Report on vaccination in Madras 1922-1929 - 1922-1929
Year: 1922
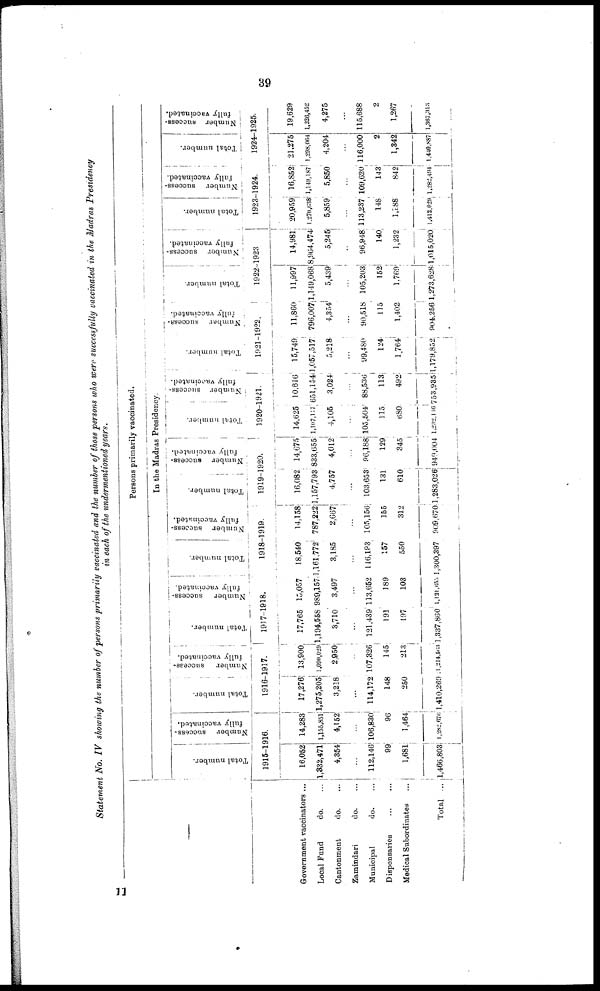
39
Statement No. IV showing the number of persons primarily vaccinated and the number of those persons who were successfully vaccinated in the Madras Presidency
in each of the undermentioned years.
Government vaccinators ...
Local Fund
do. ...
Cantonment
do. ...
Zamindari
do. ...
Municipal
do. ...
Dispensaries
...
...
Medical Subordinates
Total ...
Persons primarily vaccinated.
In the Madras Presidency.
Total number.
Number success-
fully vaccinated.
1915-1916.
16,052
1,332,471
4,354
...
112,146
99
1,681
1,466,803
14,283
1,155,851
4,152
...
106,830
96
1,464
1,282,676
Total number.
Number success-
fully vaccinated.
1916-1917.
17,276
1,275,205
3,218
...
114,172
148
250
1,410,269
13,900
1,090,029
2,950
...
107,326
145
213
1,214,563
Total number.
Number success-
fully vaccinated.
1917-1918.
17,765
1,194,558
3,710
...
121,439
191
197
1,337,860
15,057
989,157
3,497
...
113,652
189
103
1,121,655
Total number.
Number success-
fully vaccinated.
1918-1919.
18,540
1,161,772
3,185
...
116,193
157
550
1,300,397
14,158
787,222
2,667
...
105,156
155
312
909,670
Total number.
Number success-
fully vaccinated.
1919-1920.
16,082
1,157,793
4,757
...
103,653
131
610
1,283,026
14675'
833,655
4,012
...
96,188
129
345
949,004
Total number.
Number success-
fully vaccinated.
1920-1921.
14,625
1,107,117
4,105
...
105,504
115
680
1,232,146
10,616
651,154
3,024
...
88,536
113
492
753,935
Total number.
Number success-
fully vaccinated.
1921-1922.
15,749
1,057,517
5,218
...
99,480
124
1,764
1,179,852
11,860
796,007
4,354
...
90,518
115
1,402
904,256
Total number.
Number success-
fully vaccinated.
1922-1923
11,997
1,149,068
5,439
...
105,203
152
1,769
1,273,628
14,981
8,964,474
5,245
...
96,948
140
1,232
1,015,020
Total number.
Number success-
fully vaccinated.
1923-1924.
20,959
l,270,638
5,859
...
113,237
148
1,188
1,412,029
16,852
1,149,187
5,850
109,620
143
842
1,282,494
Total number.
Number success¬
fully vaccinated.
1924-1925.
21,275
1,298,064
4,204
...
116,000
2
1,342
1,440,887
19,629
1,226,452
4,275
...
115,688
2
1,267
1,367,313
11